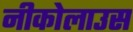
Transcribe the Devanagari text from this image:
नीकोलाउस